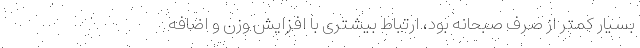
بسیار کمتر از صرف صبحانه بود، ارتباط بیشتری با افزایش وزن و اضافه